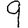
Digit: 9